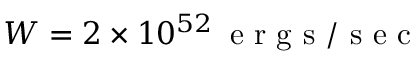
W = 2 \times 1 0 ^ { 5 2 } \, \mathrm { ~ e ~ r ~ g ~ s ~ / ~ s ~ e ~ c ~ }